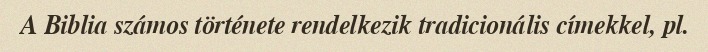
A Biblia számos története rendelkezik tradicionális címekkel, pl.